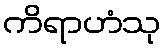
ကိရာဟံသု